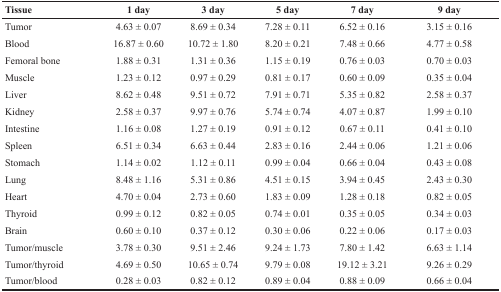
<table><thead><tr><td><b>Tissue</b></td><td><b>1 day</b></td><td><b>3 day</b></td><td><b>5 day</b></td><td><b>7 day</b></td><td><b>9 day</b></td></tr></thead><tbody><tr><td>Tumor</td><td>4.63 ± 0.07</td><td>8.69 ± 0.34</td><td>7.28 ± 0.11</td><td>6.52 ± 0.16</td><td>3.15 ± 0.16</td></tr><tr><td>Blood</td><td>16.87 ± 0.60</td><td>10.72 ± 1.80</td><td>8.20 ± 0.21</td><td>7.48 ± 0.66</td><td>4.77 ± 0.58</td></tr><tr><td>Femoral bone</td><td>1.88 ± 0.31</td><td>1.31 ± 0.36</td><td>1.15 ± 0.19</td><td>0.76 ± 0.03</td><td>0.70 ± 0.03</td></tr><tr><td>Muscle</td><td>1.23 ± 0.12</td><td>0.97 ± 0.29</td><td>0.81 ± 0.17</td><td>0.60 ± 0.09</td><td>0.35 ± 0.04</td></tr><tr><td>Liver</td><td>8.62 ± 0.48</td><td>9.51 ± 0.72</td><td>7.91 ± 0.71</td><td>5.35 ± 0.82</td><td>2.58 ± 0.37</td></tr><tr><td>Kidney</td><td>2.58 ± 0.37</td><td>9.97 ± 0.76</td><td>5.74 ± 0.74</td><td>4.07 ± 0.87</td><td>1.99 ± 0.10</td></tr><tr><td>Intestine</td><td>1.16 ± 0.08</td><td>1.27 ± 0.19</td><td>0.91 ± 0.12</td><td>0.67 ± 0.11</td><td>0.41 ± 0.10</td></tr><tr><td>Spleen</td><td>6.51 ± 0.34</td><td>6.63 ± 0.44</td><td>2.83 ± 0.16</td><td>2.44 ± 0.06</td><td>1.21 ± 0.06</td></tr><tr><td>Stomach</td><td>1.14 ± 0.02</td><td>1.12 ± 0.11</td><td>0.99 ± 0.04</td><td>0.66 ± 0.04</td><td>0.43 ± 0.08</td></tr><tr><td>Lung</td><td>8.48 ± 1.16</td><td>5.31 ± 0.86</td><td>4.51 ± 0.15</td><td>3.94 ± 0.45</td><td>2.43 ± 0.30</td></tr><tr><td>Heart</td><td>4.70 ± 0.04</td><td>2.73 ± 0.60</td><td>1.83 ± 0.09</td><td>1.28 ± 0.18</td><td>0.82 ± 0.05</td></tr><tr><td>Thyroid</td><td>0.99 ± 0.12</td><td>0.82 ± 0.05</td><td>0.74 ± 0.01</td><td>0.35 ± 0.05</td><td>0.34 ± 0.03</td></tr><tr><td>Brain</td><td>0.60 ± 0.10</td><td>0.37 ± 0.12</td><td>0.30 ± 0.06</td><td>0.22 ± 0.06</td><td>0.17 ± 0.03</td></tr><tr><td>Tumor/muscle</td><td>3.78 ± 0.30</td><td>9.51 ± 2.46</td><td>9.24 ± 1.73</td><td>7.80 ± 1.42</td><td>6.63 ± 1.14</td></tr><tr><td>Tumor/thyroid</td><td>4.69 ± 0.50</td><td>10.65 ± 0.74</td><td>9.79 ± 0.08</td><td>19.12 ± 3.21</td><td>9.26 ± 0.29</td></tr><tr><td>Tumor/blood</td><td>0.28 ± 0.03</td><td>0.82 ± 0.12</td><td>0.89 ± 0.04</td><td>0.88 ± 0.09</td><td>0.66 ± 0.04</td></tr></tbody></table>